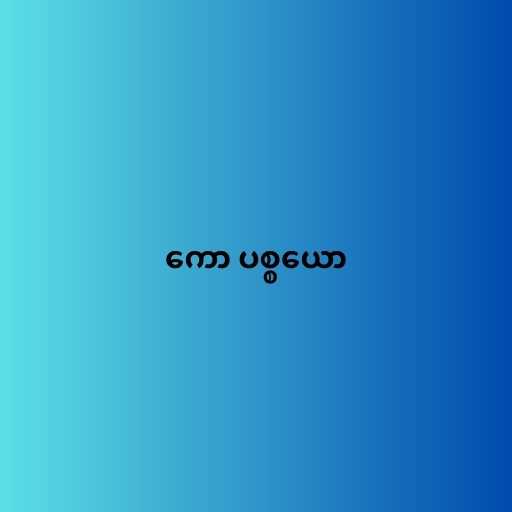
ကော ပစ္စယော